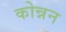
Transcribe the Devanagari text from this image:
कोन्नन